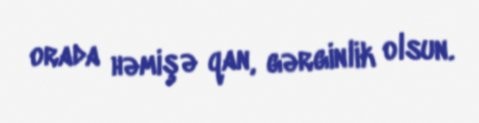
orada həmişə qan, gərginlik olsun.